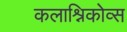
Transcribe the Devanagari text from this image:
कलाश्निकोव्स